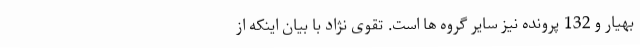
بهیار و 132 پرونده نیز سایر گروه ها است. تقوی نژاد با بیان اینکه از